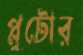
প্লুটোর